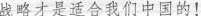
|战略才是适合我们中国的!